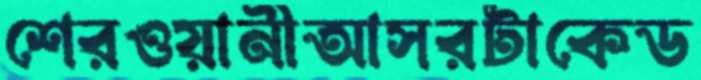
শেরওয়ানীআসরটাকেড